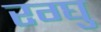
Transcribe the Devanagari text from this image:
रग्घु